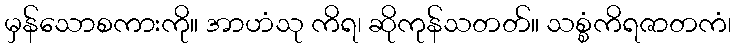
မှန်သောစကားကို။ အာဟံသု ကိရ၊ ဆိုကုန်သတတ်။ သစ္စံကိရဇာတကံ၊